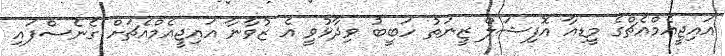
އައިޖީއެމްއެޗްގެ މީޑިއާ އޮފިޝަލް ޒީނަތު ހަބީބު ވިދާޅުވީ އެ ޒުވާނާ އައިޖީއެމްއެޗަށް ގެނެސްފައި